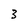
Character: 3